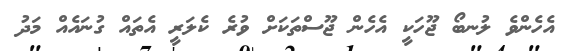
އެހެންވެ ލުނބޯ ޖޫހަކީ އެހެން ޖޫސްތަކަށް ވުރެ ކެލަރީ އެތައް ގުނައެއް މަދު